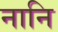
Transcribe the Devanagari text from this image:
नानि